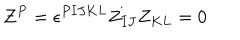
LaTeX: Z ^ { P } = \epsilon ^ { P I J K L } Z _ { I J } Z _ { K L } = 0